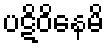
ပဋိဝိနေမိ